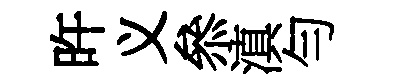
旿义叅滇勻